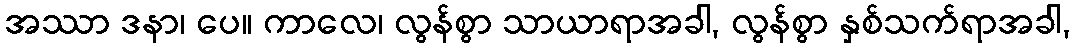
အဿာ ဒနာ၊ ပေ။ ကာလေ၊ လွန်စွာ သာယာရာအခါ, လွန်စွာ နှစ်သက်ရာအခါ,